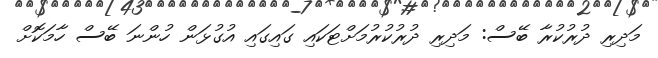
މަދިރި ދުރުކުރާ ބޭސް: މަދިރި ދުރުކުރުމަށްޓަކައި ގައިގައި އުގުޅަން ހުންނަ ބޭސް ހާމަކޮށް